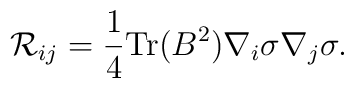
{\cal R}_{ij}=\frac{1}{4}{\rm Tr}(B^2)\nabla_i \sigma \nabla_j \sigma.